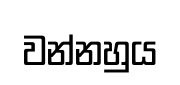
වන්නහුය